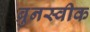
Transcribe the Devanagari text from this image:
ब्रुनस्वीक